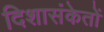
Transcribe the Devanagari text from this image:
दिशासंकेतों